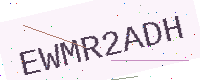
Text: EWMR2ADH